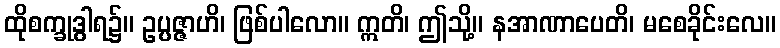
ထိုစက္ခုဒွါရ၌။ ဥပ္ပဇ္ဇာဟိ၊ ဖြစ်ပါလော။ ဣတိ၊ ဤသို့။ နအာဏာပေတိ၊ မစေခိုင်းလေ။